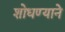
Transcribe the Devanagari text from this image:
शोधण्याने